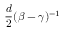
\frac { d } { 2 } ( \beta - \gamma ) ^ { - 1 }